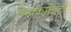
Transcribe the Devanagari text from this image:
लेखकमंडळी